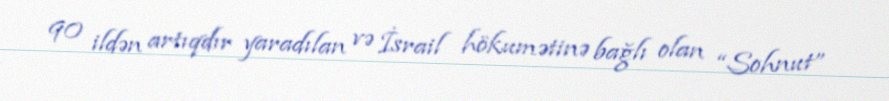
90 ildən artıqdır yaradılan və İsrail hökumətinə bağlı olan “Sohnut”